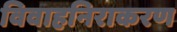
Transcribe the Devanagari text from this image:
विवाहनिराकरण